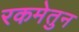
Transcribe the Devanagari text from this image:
रकमेतुन